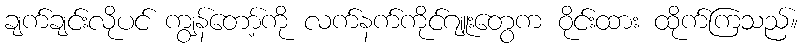
ချက်ချင်းလိုပင် ကျွန်တော့်ကို လက်နက်ကိုင်ဂျူးတွေက ဝိုင်းထား ထိုက်ကြသည်။